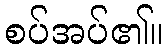
စပ်အပ်၏။